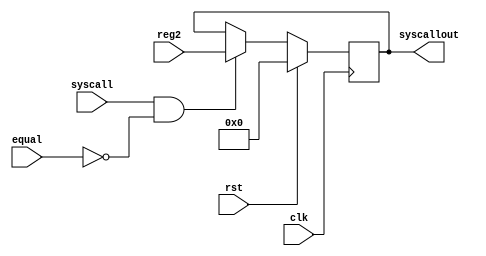
module syscall(
	clk,rst,syscall,equal,reg2,
	syscallout
	);
    input clk,rst,syscall,equal;
    input [31:0]reg2;
    output reg[31:0]syscallout;
    wire enable;
    assign enable = syscall&(~equal);
    always @(posedge clk)begin
        if(rst)begin
        	syscallout <= 0;
        end
        else begin
        	if(enable==1)begin
        		syscallout <= reg2;
        	end
        	else begin
        		syscallout <= syscallout;
        	end
        end
    end
endmodule